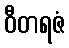
ဝီတရဇံ